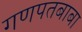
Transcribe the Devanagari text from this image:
गणपतबाबा